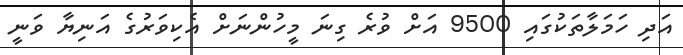
އަދި ހަމަލާތަކުގައި 9500 އަށް ވުރެ ގިނަ މީހުންނަށް އެކިވަރުގެ އަނިޔާ ވަނީ